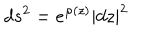
LaTeX: d s ^ { 2 } = e ^ { \varphi ( z ) } \left| d z \right| ^ { 2 }